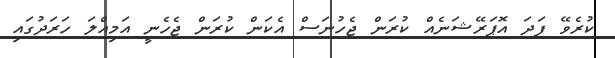
ކުރެވޭ ފަދަ އޮޕަރޭޝަނެއް ކުރަން ޖެހުނަސް އެކަން ކުރަން ޖެހެނީ އަމިއްލަ ހަރަދުގައި